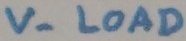
Text: V- LOAD